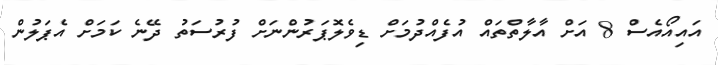
އައިއޯއެސް 8 އަށް އާލާތްތައް އުފެއްދުމަށް ޑިވެލޮޕަރުންނަށް ފުރުސަތު ދޭނެ ކަމަށް އެޕަލުން